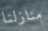
منازلنا